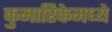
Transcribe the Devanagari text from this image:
कुमारिकेमध्ये